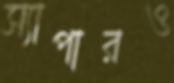
স্যাপারও